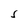
Character: J